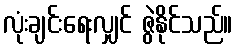
လုံးချင်းရေးလျှင် ဇွဲနိုင်သည်။